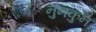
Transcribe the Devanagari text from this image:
नुनकुन